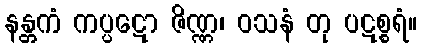
နန္တကံ ကပ္ပဋော ဇိဏ္ဏ၊ ဝသနံ တု ပဋစ္စရံ။